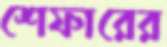
শেফারের